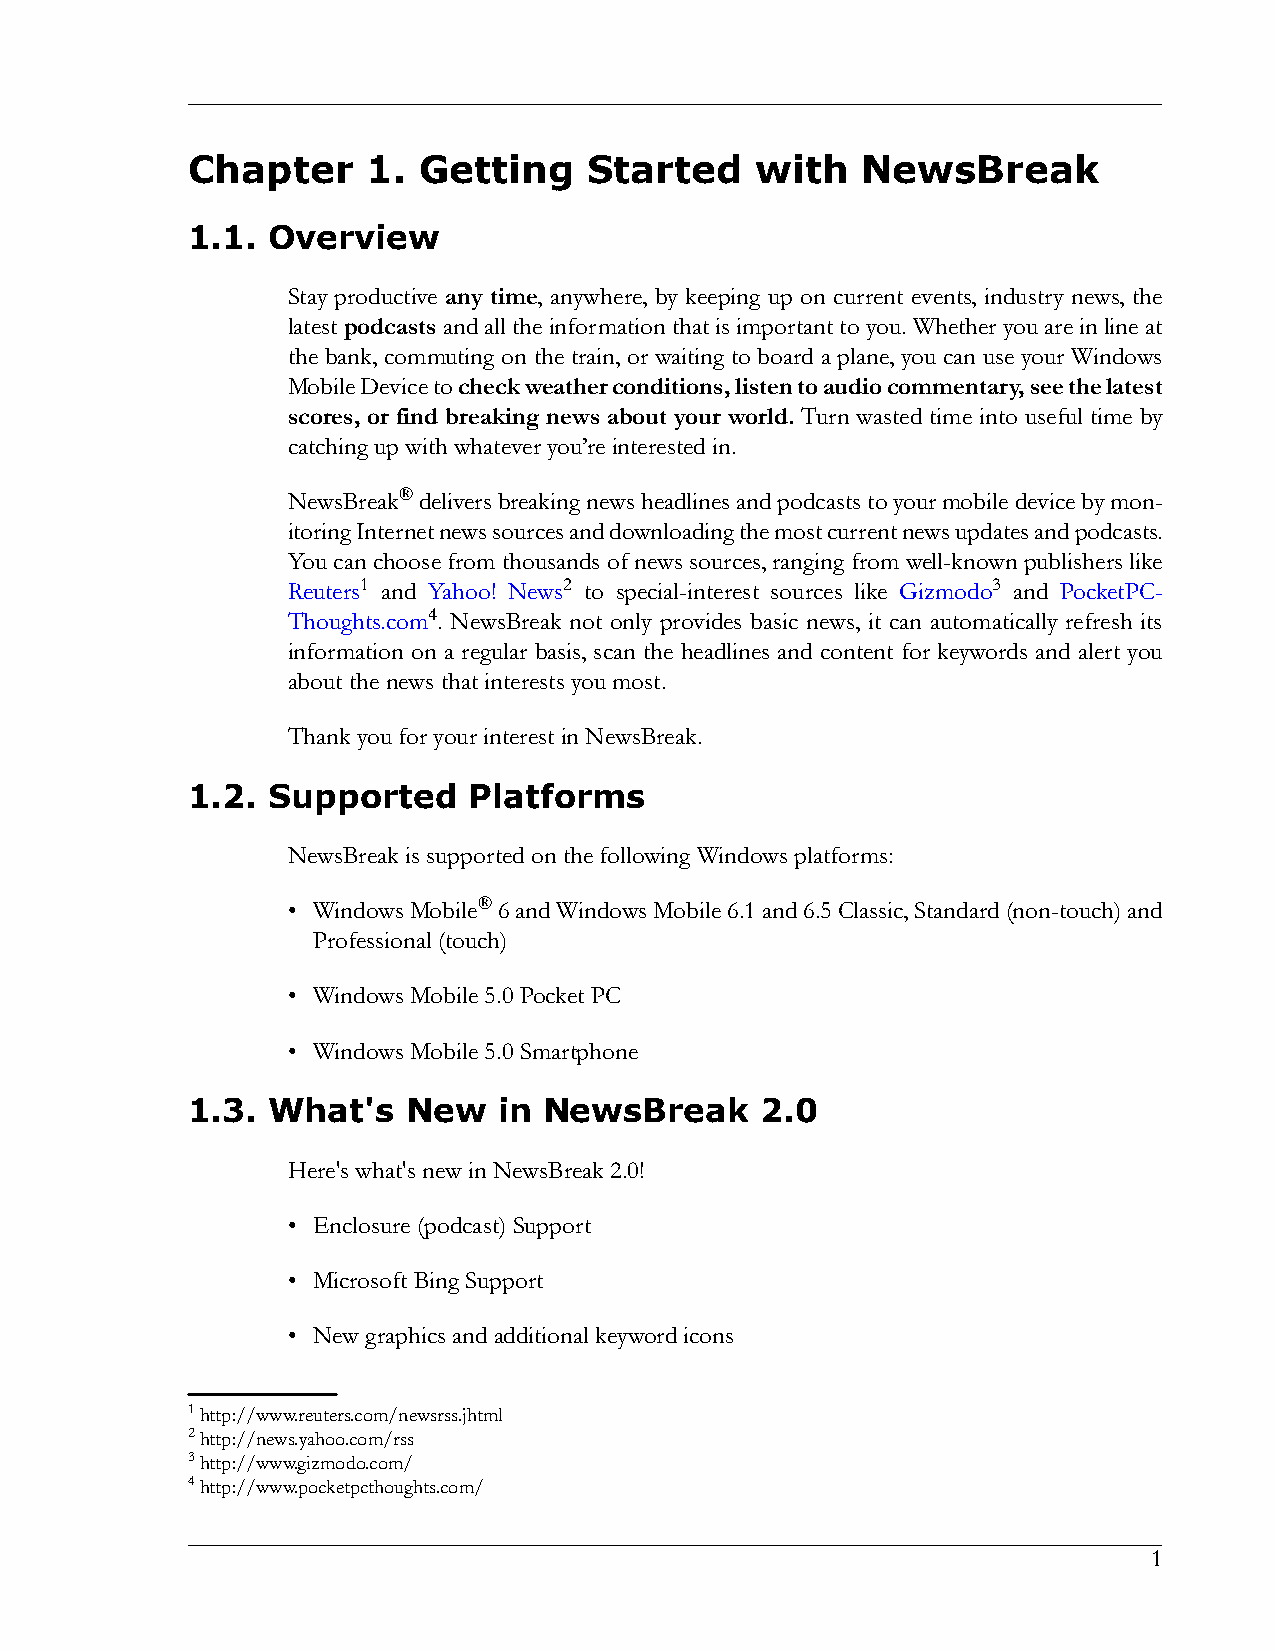
Chapter     1.  Getting    Started    with   NewsBreak
 1.1.  Overview
 Stay productive any time, anywhere, by keeping up on current events, industry news, the
 latestpodcastsandalltheinformationthatisimportanttoyou.Whetheryouareinlineat
 the bank, commuting on the train, or waiting to board a plane, you can use your Windows
 MobileDevicetocheckweatherconditions,listentoaudiocommentary,seethelatest
 scores, or find breaking news about your world. Turn wasted time into useful time by
 catchingupwithwhateveryou’reinterestedin.
 NewsBreak®deliversbreakingnewsheadlinesandpodcaststoyourmobiledevicebymon-
 itoringInternetnewssourcesanddownloadingthemostcurrentnewsupdatesandpodcasts.
 You can choose from thousandsof news sources, rangingfrom well-known publisherslike
 Reuters1 and Yahoo! News2 to special-interest sources like Gizmodo3 and PocketPC-
 Thoughts.com4. NewsBreak not only provides basic news, it can automatically refresh its
 information on a regular basis, scan the headlines and content for keywords and alert you
 aboutthenewsthatinterestsyoumost.
 ThankyouforyourinterestinNewsBreak.
 1.2.  Supported    Platforms
 NewsBreakissupportedonthefollowingWindowsplatforms:
 • WindowsMobile®6andWindowsMobile6.1and6.5Classic,Standard(non-touch)and
 Professional(touch)
 • WindowsMobile5.0PocketPC
 • WindowsMobile5.0Smartphone
 1.3.  What's   New   in NewsBreak     2.0
 Here'swhat'snewinNewsBreak2.0!
 • Enclosure(podcast)Support
 • MicrosoftBingSupport
 • Newgraphicsandadditionalkeywordicons
 1http://www.reuters.com/newsrss.jhtml
 2http://news.yahoo.com/rss
 3http://www.gizmodo.com/
 4http://www.pocketpcthoughts.com/
 1